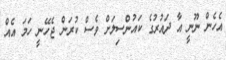
އެހެން ނޫނީ އާ ދައުރުގެ ކައުންސިލަށް ވެސް ކުރަން ޖެހޭނީ ހަމަ އެއް